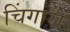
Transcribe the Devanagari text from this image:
चिंगारा